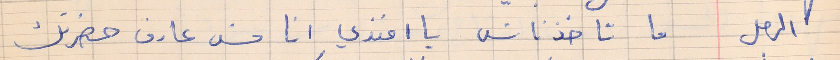
الرجل    ما تاخذناش يا افنذي انا مش عارف حضرتك